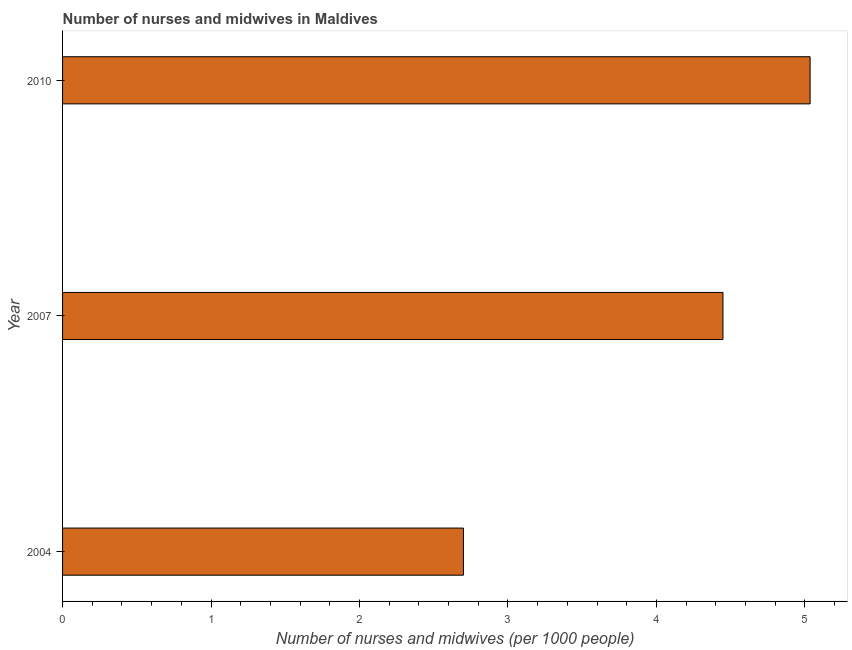
| Year | Nurses and midwives |
 | --- | --- |
 | 2004 | 2.7 |
 | 2007 | 4.45 |
 | 2010 | 5.04 |